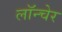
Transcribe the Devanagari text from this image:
लॉन्चेर